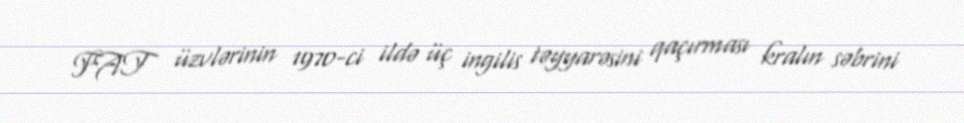
FAT üzvlərinin 1970-ci ildə üç ingilis təyyarəsini qaçırması kralın səbrini